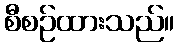
စီစဉ်ထားသည်။